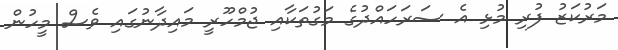
މަރުކަޒު ފުރި މުޅި އެ ސަރަހައްދުގެ މަގުތަކާއި ޖުމްހޫރީ މައިދާނުގައި ވެސް މީހުން